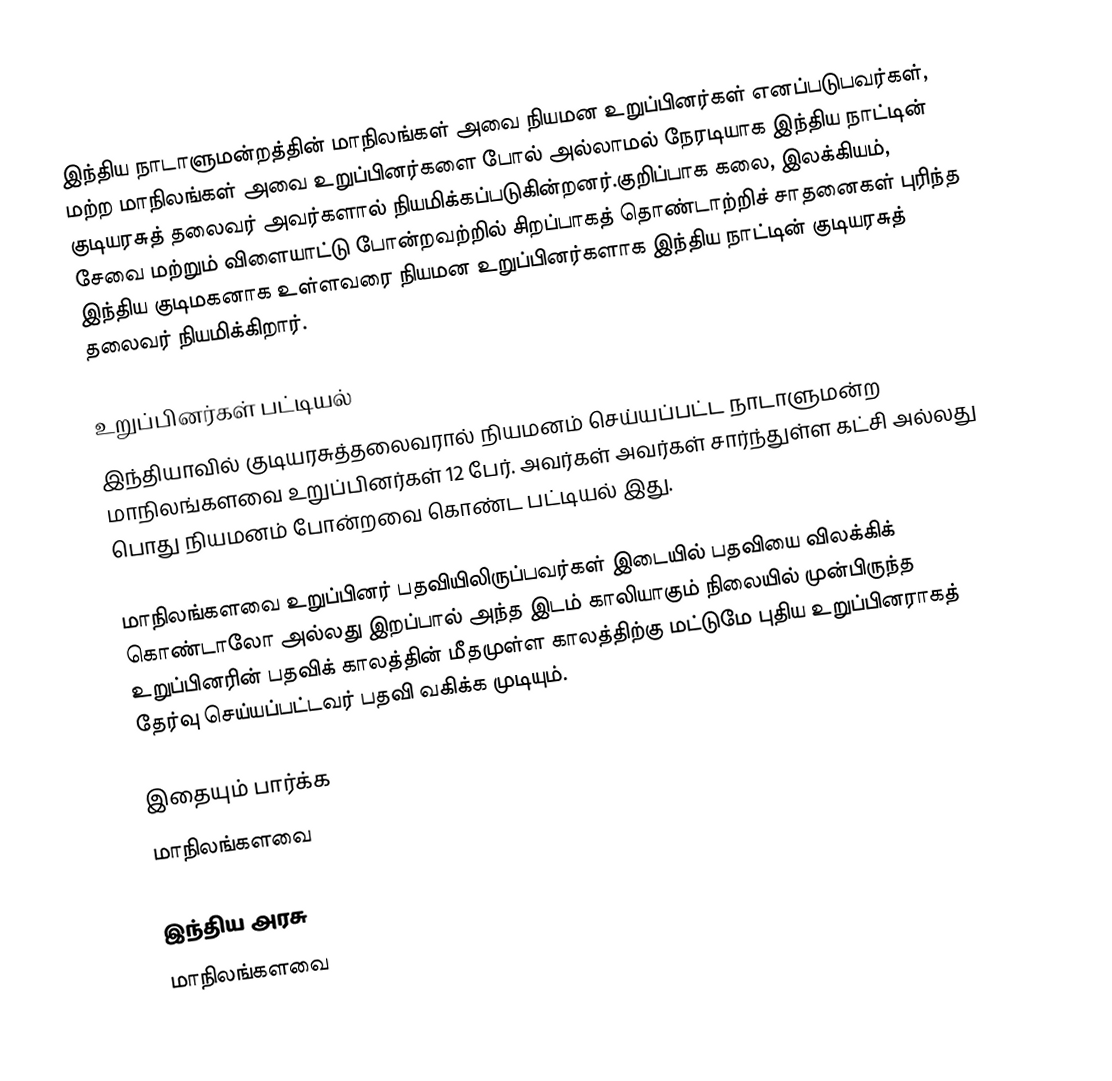
இந்திய நாடாளுமன்றத்தின் மாநிலங்கள் அவை நியமன உறுப்பினர்கள் எனப்படுபவர்கள், மற்ற மாநிலங்கள் அவை உறுப்பினர்களை போல் அல்லாமல் நேரடியாக இந்திய நாட்டின் குடியரசுத் தலைவர் அவர்களால் நியமிக்கப்படுகின்றனர்.குறிப்பாக கலை, இலக்கியம், சேவை மற்றும் விளையாட்டு போன்றவற்றில் சிறப்பாகத் தொண்டாற்றிச் சாதனைகள் புரிந்த இந்திய குடிமகனாக உள்ளவரை  நியமன உறுப்பினர்களாக இந்திய நாட்டின் குடியரசுத் தலைவர் நியமிக்கிறார்.

உறுப்பினர்கள் பட்டியல்
இந்தியாவில் குடியரசுத்தலைவரால் நியமனம் செய்யப்பட்ட நாடாளுமன்ற மாநிலங்களவை உறுப்பினர்கள் 12 பேர். அவர்கள் அவர்கள் சார்ந்துள்ள கட்சி அல்லது பொது நியமனம் போன்றவை கொண்ட பட்டியல் இது.

 மாநிலங்களவை உறுப்பினர் பதவியிலிருப்பவர்கள் இடையில் பதவியை விலக்கிக் கொண்டாலோ அல்லது இறப்பால் அந்த இடம் காலியாகும் நிலையில் முன்பிருந்த உறுப்பினரின் பதவிக் காலத்தின் மீதமுள்ள காலத்திற்கு மட்டுமே புதிய உறுப்பினராகத் தேர்வு செய்யப்பட்டவர் பதவி வகிக்க முடியும்.

இதையும் பார்க்க
மாநிலங்களவை

இந்திய அரசு
மாநிலங்களவை